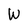
Character: W